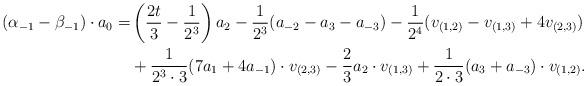
LaTeX: \begin{align*}(\alpha_{-1} - \beta_{-1}) \cdot a_0 = &\left(\frac{2t}{3} - \frac{1}{2^3}\right) a_2 - \frac{1}{2^3}(a_{-2} - a_3 - a_{-3}) - \frac{1}{2^4}(v_{(1,2)} - v_{(1,3)} + 4v_{(2,3)})\\& + \frac{1}{2^3 \cdot 3}(7a_1 + 4a_{-1}) \cdot v_{(2,3)} - \frac{2}{3}a_2 \cdot v_{(1,3)} + \frac{1}{2 \cdot 3}(a_3 + a_{-3}) \cdot v_{(1,2)}.\end{align*}